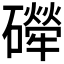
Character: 𱴼